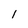
Character: 1